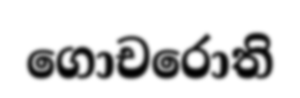
ගොචරොති